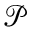
\mathcal { P }